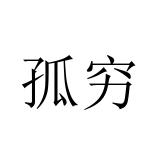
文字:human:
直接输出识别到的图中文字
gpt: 孤穷